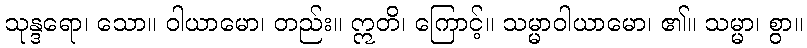
သုန္ဒရော၊ သော။ ဝါယာမော၊ တည်း။ ဣတိ၊ ကြောင့်။ သမ္မာဝါယာမော၊ ၏။ သမ္မာ၊ စွာ။